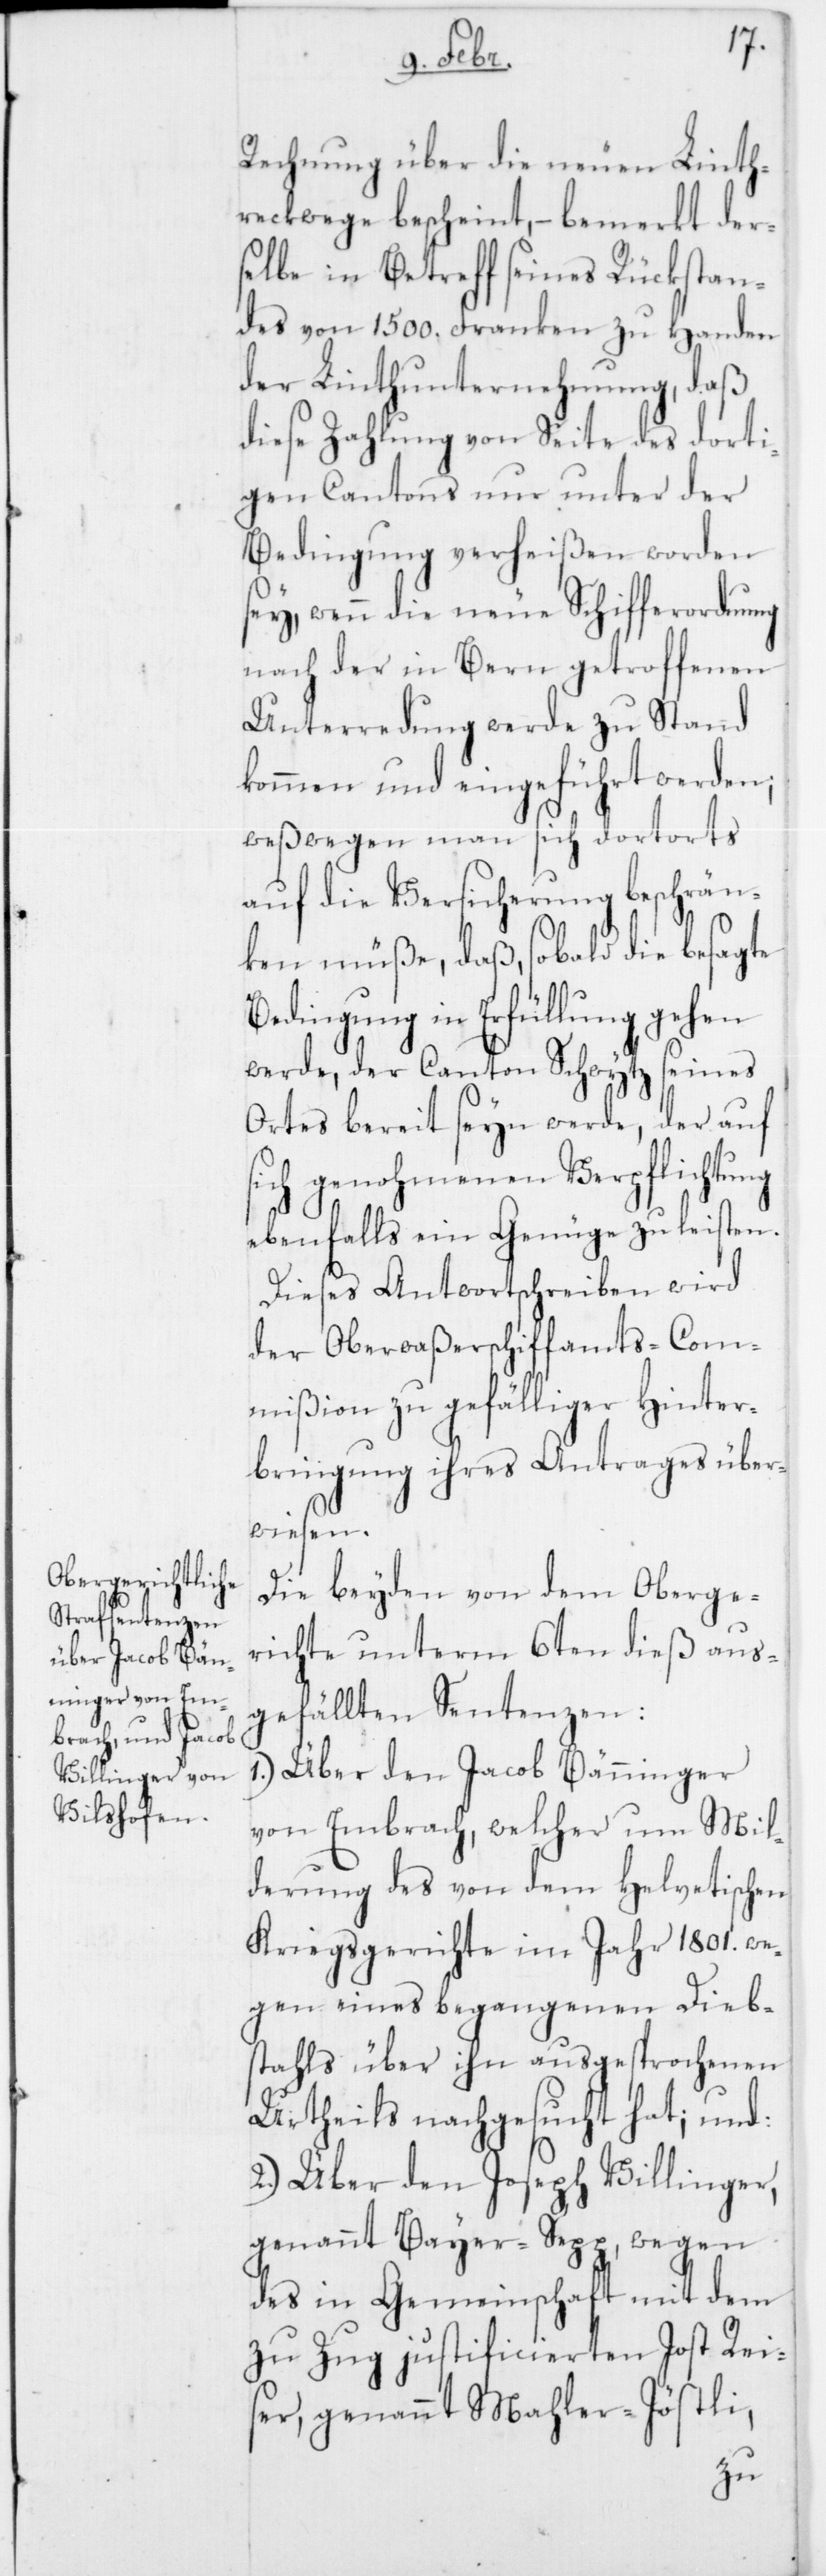
Rechnung über die neuen Linth¬
reckwege bescheint, – bemerkt der¬
selbe in Betreff seines Rückstan¬
des von 1500. Franken zu Handen
der Linthunternehmung, daß
diese Zahlung von Seite des dorti¬
gen Cantons nur unter der
Bedingung verheißen worden
sey, wenn die neue Schifferordnung
nach der in Bern getroffenen
Unterredung werde zu Stand
kommen und eingeführt werden,
weßwegen man sich dortorts
auf die Versicherung beschrän¬
ken müße, daß, sobald die besagte
Bedingung in Erfüllung gehen
werde, der Canton Schwytz seines
Ortes bereit seyn werde, der auf
sich genohmenen Verpflichtung
ebenfalls ein Genüge zu leisten.
Dieses Antwortschreiben wird
der Oberwaßerschiffamts-Com¬
mißion zu gefälliger Hinter¬
bringung ihres Antrages über¬
wiesen.
Die beyden von dem Oberge¬
richte unterm 6ten dieß aus¬
gefällten Sentenzen:
1.) Über den Jacob Bänninger
von Embrach, welcher um Mil¬
derung des von dem Helvetischen
Kriegsgerichte im Jahr 1801. we¬
gen eines begangenen Dieb¬
stahls über ihn ausgesprochenen
Urtheils nachgesucht hat; und:
2.) Über den Joseph Villinger,
genannt Bayer-Sepp, wegen
des in Gemeinschaft mit dem
zu Zug justificierten Jost Rei¬
ser, genannt Mahler-Jöstli,